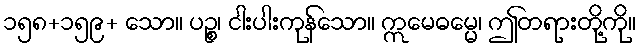
၁၅၈+၁၅၉+ သော။ ပဉ္စ၊ ငါးပါးကုန်သော။ ဣမေဓမ္မေ၊ ဤတရားတို့ကို။